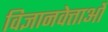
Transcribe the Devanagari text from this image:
विज्ञानवेत्ताओं